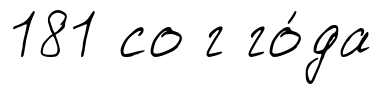
181 со г го́да